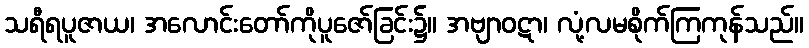
သရီရပူဇာယ၊ အလောင်းတော်ကိုပူဇော်ခြင်း၌။ အဗျာဝဋာ၊ လုံ့လမစိုက်ကြကုန်သည်။